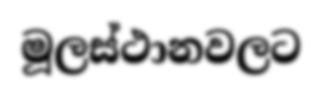
මූලස්ථානවලට